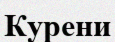
Курени